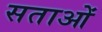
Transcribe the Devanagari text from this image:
सताओं